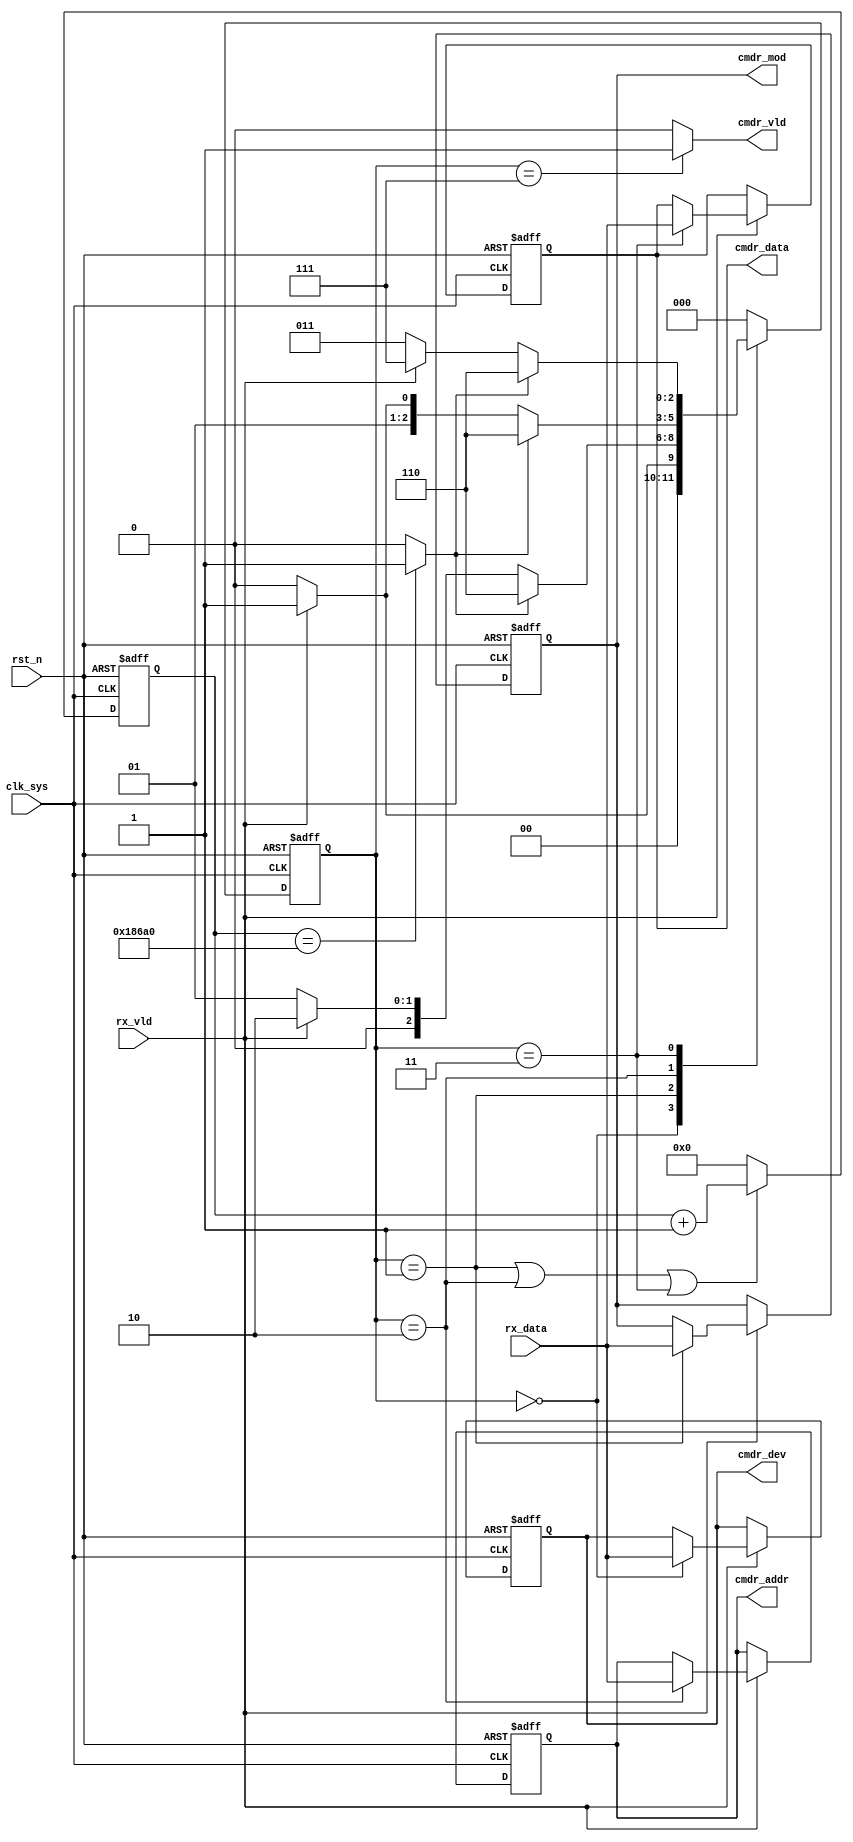
//rx_ctrl_dec.v

//`define EN_SIG_DEBUG		//no timeout 

module rx_ctrl_dec(
//cmd decode
cmdr_dev,
cmdr_mod,
cmdr_addr,
cmdr_data,
cmdr_vld,
//raw data
rx_vld,
rx_data,
//clk rst
clk_sys,
rst_n
);
//cmd decode
output [7:0]	cmdr_dev;
output [7:0]	cmdr_mod;
output [7:0]	cmdr_addr;
output [7:0]	cmdr_data;
output 				cmdr_vld;
//raw data
input				rx_vld;
input [7:0]	rx_data;
//clk rst
input clk_sys;
input rst_n;

//--------------------------------------


//------------- main FSM ------------
parameter S_IDLE = 3'h0;
parameter S_S1 = 3'h1;
parameter S_S2 = 3'h2;
parameter S_S3 = 3'h3;
parameter S_FAIL = 3'h6;
parameter S_DONE = 3'h7;
reg [2:0] st_rx_dec;
wire timeout_rx;
always @ (posedge clk_sys or negedge rst_n)	begin
	if(~rst_n)
		st_rx_dec <= S_IDLE;
	else begin
		case(st_rx_dec)
			S_IDLE : st_rx_dec <= rx_vld ? S_S1 : S_IDLE;
			S_S1 : st_rx_dec <= timeout_rx ? S_FAIL : (rx_vld ? S_S2 : S_S1);
			S_S2 : st_rx_dec <= timeout_rx ? S_FAIL : (rx_vld ? S_S3 : S_S2);
			S_S3 : st_rx_dec <= timeout_rx ? S_FAIL : (rx_vld ? S_DONE : S_S3);
			S_FAIL : st_rx_dec <= S_IDLE;
			S_DONE : st_rx_dec <= S_IDLE;
			default : st_rx_dec <= S_IDLE;
		endcase
	end
end


//----------- FSM timeout ----------
reg [19:0] cnt_cycle;
always @(posedge clk_sys or negedge rst_n)	begin
	if(~rst_n)
		cnt_cycle <= 20'h0;
	else if((st_rx_dec == S_S1) | (st_rx_dec == S_S2) |(st_rx_dec == S_S3))
		cnt_cycle <= cnt_cycle + 20'h1;
	else 
		cnt_cycle <= 20'h0;
end
`ifdef EN_SIG_DEBUG
assign timeout_rx = 1'b0;
`else 
assign timeout_rx = (cnt_cycle == 20'd1_000_00) ? 1'b1 : 1'b0;
`endif

//--------- output data ---------
reg [7:0] cmdr_dev;
reg [7:0]	cmdr_mod;
reg [7:0]	cmdr_addr;
reg [7:0]	cmdr_data;
always @ (posedge clk_sys or negedge rst_n)	begin
	if(~rst_n) begin
		cmdr_dev <= 8'h0;
		cmdr_mod <= 8'h0;
		cmdr_addr <= 8'h0;
		cmdr_data <= 8'h0;
	end
	else if(rx_vld)	begin
		case(st_rx_dec)
			S_IDLE : cmdr_dev <=  rx_data ;
			S_S1 : cmdr_mod <= rx_data;
			S_S2 : cmdr_addr <= rx_data;
			S_S3 : cmdr_data <= rx_data;
			default : ;
		endcase
	end
	else ;
end
wire cmdr_vld;
assign cmdr_vld = (st_rx_dec == S_DONE) ? 1'b1 : 1'b0;

endmodule